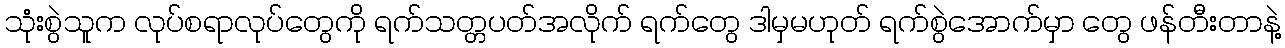
သုံးစွဲသူက လုပ်စရာလုပ်တွေကို ရက်သတ္တပတ်အလိုက် ရက်တွေ ဒါမှမဟုတ် ရက်စွဲအောက်မှာ တွေ ဖန်တီးတာနဲ့